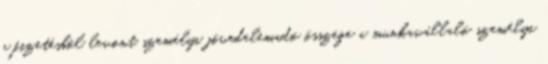
a fizetésből levont személyi jövedelemadó összege a munkavállaló személyi